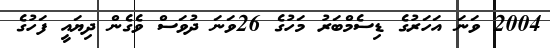
2004 ވަނަ އަހަރުގެ ޑިސެމްބަރު މަހުގެ 26ވަނަ ދުވަސް ވެގެން ދިޔައީ ފަހުގެ